Vaccination report Assam 1896-1927 - 1896-1927
Year: 1896
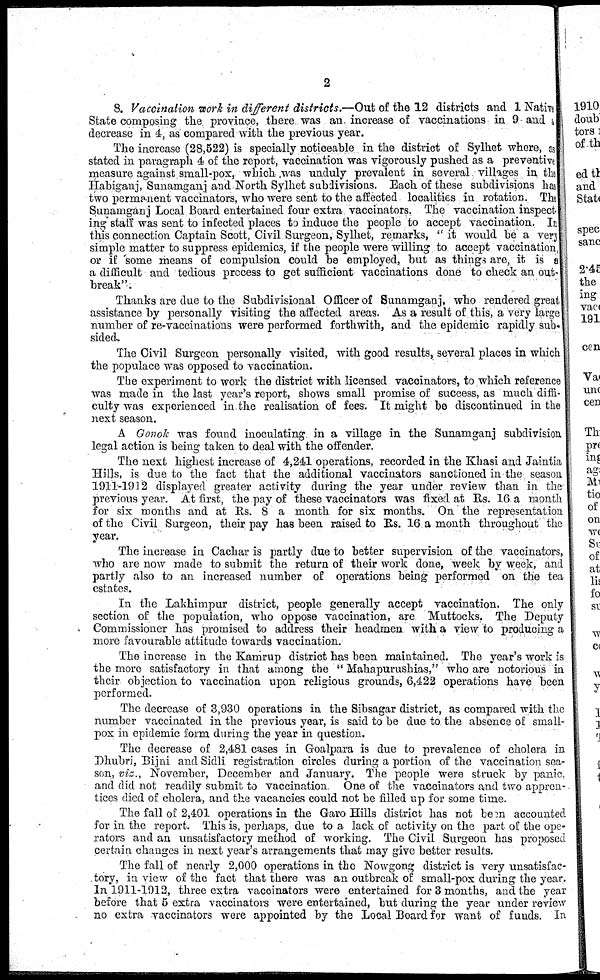
2
8. Vaccination work in different districts.—Out of the 12 districts and 1 Native
State composing the province, there was an. increase of vaccinations in 9 and a
decrease in 4, as compared with the previous year.
The increase (28,522) is specially noticeable in the district of Sylhet where, as
stated in paragraph 4 of the report, vaccination was vigorously pushed as a preventive
measure against small-pox, which was unduly prevalent in several villages in the
Habiganj, Sunamganj and North Sylhet subdivisions. Each of these subdivisions has
two permanent vaccinators, who were sent to the affected localities in rotation. The
Sunamganj Local Board entertained four extra vaccinators. The vaccination inspect¬
ing staff was sent to infected places to induce the people to accept vaccination. In
this connection Captain Scott, Civil Surgeon, Sylhet, remarks, " it would be a very
simple matter to suppress epidemics, if the people were willing to accept vaccination,
or if some means of compulsion could be employed, but as things are, it is a
a difficult and tedious process to get sufficient vaccinations done to check an out-
break".
Thanks are due to the Subdivisional Officer of Sunamganj, who rendered great
assistance by personally visiting the affected areas. As a result of this, a very large
number of re-vaccinations were performed forthwith, and the epidemic rapidly sub-
sided.
The Civil Surgeon personally visited, with good results, several places in which
the populace was opposed to vaccination.
The experiment to work the district with licensed vaccinators, to which reference
was made in the last year's report, shows small promise of success, as much diffi-
culty was experienced in the realisation of fees. It might be discontinued in the
next season.
A Gonok was found inoculating in a village in the Sunamganj subdivision
legal action is being taken to deal with the offender.
The next highest increase of 4,241 operations, recorded in the Khasi and Jaintia
Hills, is due to the fact that the additional vaccinators sanctioned in the season
1911-1912 displayed greater activity during the year under review than in the
previous year. At first, the pay of these vaccinators was fixed at Rs. 16 a month
for six months and at Rs. 8 a month for six months. On the representation
of the Civil Surgeon, their pay has been raised to Rs. 16 a month throughout the
year.
The increase in Cachar is partly due to better supervision of the vaccinators,
who are now made to submit the return of their work done, week by week, and
partly also to an increased number of operations being performed on the tea
estates.
In the Lakhimpur district, people generally accept vaccination. The only
section of the population, who oppose vaccination, are Muttocks. The Deputy
Commissioner has promised to address their headmen with a view to producing a
more favourable attitude towards vaccination.
The increase in the Kamrup district has been maintained. The year's work is
the more satisfactory in that among the " Mahapurushias," who are notorious in
their objection to vaccination upon religious grounds, 6,422 operations have been
performed.
The decrease of 3,930 operations in the Sibsagar district, as compared with the
number vaccinated in the previous year, is said to be due to the absence of small-
pox in epidemic form during the year in question.
The decrease of 2,481 cases in Goalpara is due to prevalence of cholera in
Dhubri, Bijni and Sidli registration circles during a portion of the vaccination sea-
son, viz., November, December and January. The people were struck by panic,
and did not readily submit to vaccination One of the vaccinators and two appren-
tices died of cholera, and the vacancies could not be filled up for some time.
The fall of 2,401 operations in the Garo Hills district has not been accounted
for in the report. This is, perhaps, due to a lack of activity on the part of: the ope-
rators and an unsatisfactory method of working. The Civil Surgeon has proposed
certain changes in next year's arrangements that may give better results.
The fall of nearly 2,000 operations in the Nowgong district is very unsatisfac-
tory, in view of the fact that there was an outbreak of small-pox during the year.
In 1911-1912, three extra vaccinators were entertained for 3 months, and the year
before that 5 extra vaccinators were entertained, but during the year under review
no extra -vaccinators were appointed by the Local Board for want of funds. In